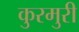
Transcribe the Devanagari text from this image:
कुरमुरी